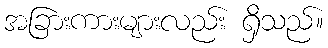
အခြားကားများလည်း ရှိသည်။